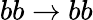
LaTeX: bb\rightarrow bb